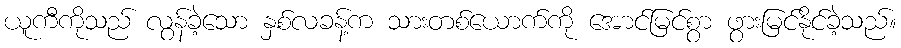
ယူကီကိုသည် လွန်ခဲ့သော နှစ်လခန့်က သားတစ်ယောက်ကို အောင်မြင်စွာ ဖွားမြင်နိုင်ခဲ့သည်။